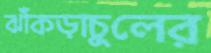
ঝাঁকড়াচুলের